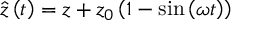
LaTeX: \hat { z } \left( t \right) = z + z _ { 0 } \left( { 1 - \sin \left( { \omega t } \right) } \right)